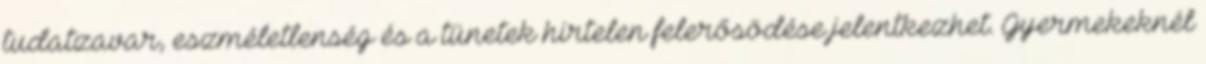
tudatzavar, eszméletlenség és a tünetek hirtelen felerősödése jelentkezhet. Gyermekeknél